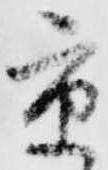
京